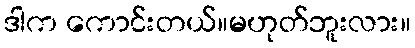
ဒါက ကောင်းတယ်။မဟုတ်ဘူးလား။